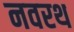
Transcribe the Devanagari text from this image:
नवरथ